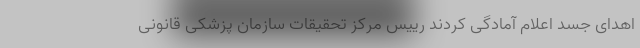
اهدای جسد اعلام آمادگی کردند رییس مرکز تحقیقات سازمان پزشکی قانونی